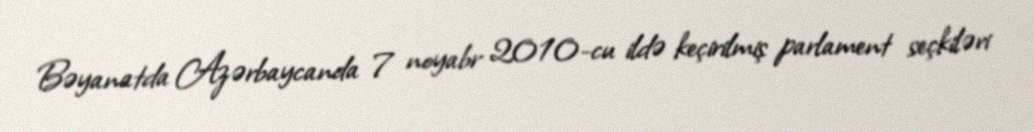
Bəyanatda Azərbaycanda 7 noyabr 2010-cu ildə keçirilmiş parlament seçkiləri